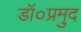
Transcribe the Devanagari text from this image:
डॉ०प्रमुद